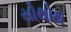
સોથોથ